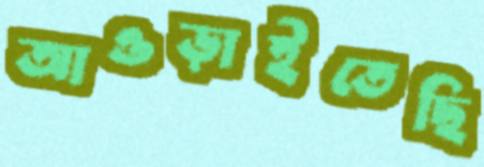
আওড়াইতেছি